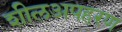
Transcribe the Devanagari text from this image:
शीलअपहरण